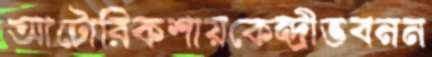
আটোরিকশায়কেন্দ্রীভবনন